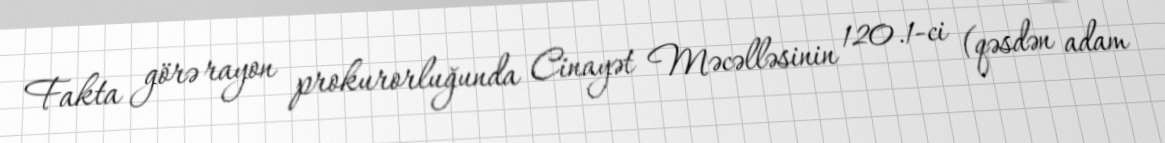
Fakta görə rayon prokurorluğunda Cinayət Məcəlləsinin 120.1-ci (qəsdən adam